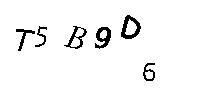
T5B9D6